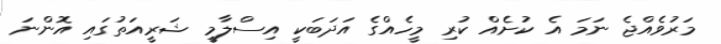
މަރުވެއްޖެ ނަމަ އެ ކުށެއް ކުރި މީހެއްގެ އަދަބަކީ އިސްލާމީ ޝަރީއަތުގައި އޮންނަ